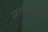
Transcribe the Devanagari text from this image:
साफोक्लीज